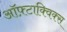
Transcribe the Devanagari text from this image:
ऑफ़्टाक्विक्स